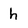
Character: h